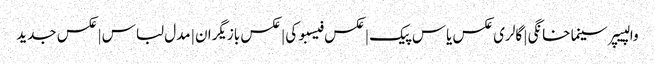
والپیپر سینما خانگی | گالری عکس یاس پیک | عکس فیسبوکی | عکس بازیگران | مدل لباس | عکس جدید